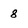
Character: 8